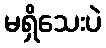
မရှိသေးပဲ